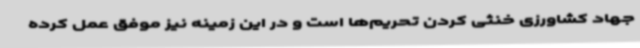
جهاد کشاورزی خنثی کردن تحریم‌ها است و در این زمینه نیز موفق عمل کرده